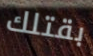
بقتلك